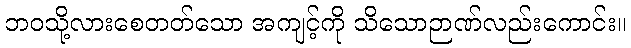
ဘဝသို့လားစေတတ်သော အကျင့်ကို သိသောဉာဏ်လည်းကောင်း။